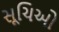
સૂચિઓ